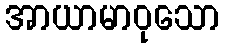
အာယာမာဝုသော